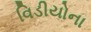
વિડીયોના